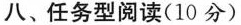
八、任务型阅读(10 分)